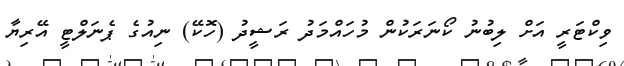
ވިކްޓަރީ އަށް ލިބުނު ކޯނަރަކުން މުހައްމަދު ރަޝީދު (ހޮކޭ) ނިއުގެ ޕެނަލްޓީ އޭރިޔާ